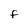
Character: F